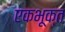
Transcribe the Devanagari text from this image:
एकभूक्त